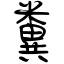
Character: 糞